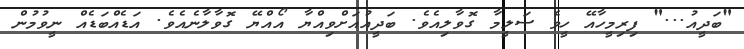
"ބަދީއު..." ފިރިމީހާއޭ ހީވެ ސަލީމާ ގޮވާލިއެވެ. ބަދީއުއަށްވިއްޔާ އޯއްޔޭ ގޮވާލާނެއެވެ. އަޑެއްބަޑެއް ނީވުމުން